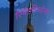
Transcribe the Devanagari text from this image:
स्पािनिओला